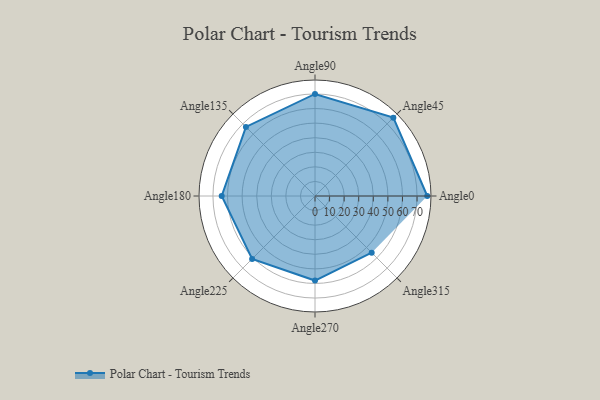
{"axis": {"x": "Angle", "y": "Radius"}, "legend": [""], "data": [{"x": "Angle0", "y": 77.0, "type": ""}, {"x": "Angle45", "y": 76.0, "type": ""}, {"x": "Angle90", "y": 70.0, "type": ""}, {"x": "Angle135", "y": 67.0, "type": ""}, {"x": "Angle180", "y": 64.0, "type": ""}, {"x": "Angle225", "y": 61.0, "type": ""}, {"x": "Angle270", "y": 58.0, "type": ""}, {"x": "Angle315", "y": 55.0, "type": ""}]}